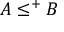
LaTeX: A \leq ^ { + } B